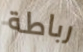
رباطة